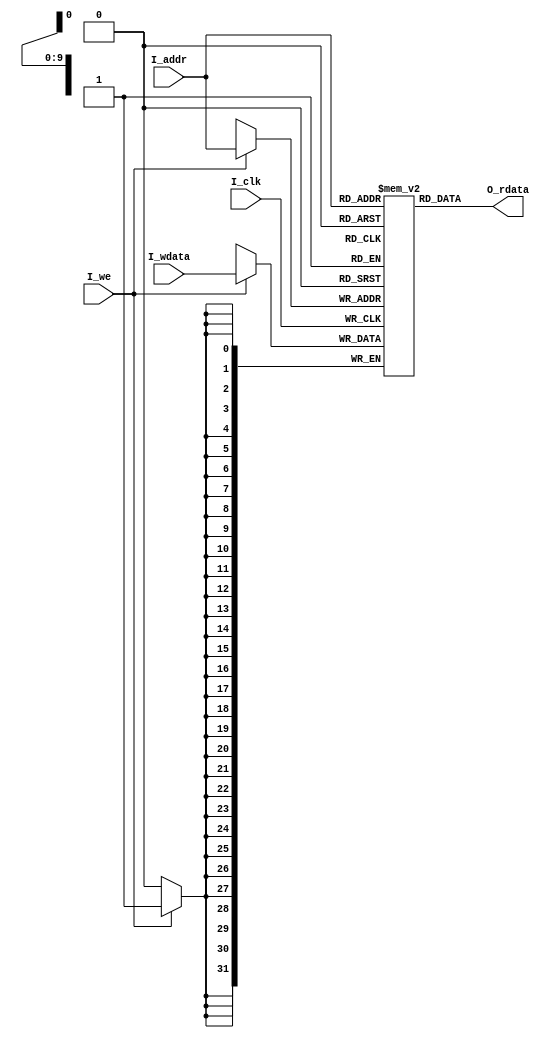
`timescale 1ns / 1ps
//////////////////////////////////////////////////////////////////////////////////
// Company:
// Engineer:
//
// Design Name:
// Module Name: dMem
// Project Name:
// Target Devices:
// Tool Versions:
// Description:
//
// Dependencies:
//
// Revision:
// Revision 0.01 - File Created
// Additional Comments:
//
//////////////////////////////////////////////////////////////////////////////////


module dMem(
           input I_clk,
           input I_we,

           input [11:2] I_addr,
           input [31:0] I_wdata,

           output [31:0] O_rdata
       );

reg [31:0] R_dMem[1023:0];
assign O_rdata=R_dMem[I_addr];

always @(posedge I_clk) begin
    if(I_we) begin
        R_dMem[I_addr]<=I_wdata;
    end
end


endmodule